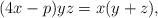
LaTeX: \begin{align*}(4x-p)yz=x(y+z),\end{align*}